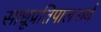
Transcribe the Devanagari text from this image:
साधूप्रतिपालनार्थ